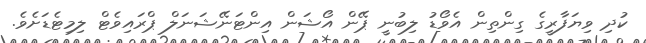
ކުދި ވިޔަފާރީގެ ގިންތިން އެވޯޑު ލިބުނީ ޕޭން އޯޝަން އިންޓަނޭޝަނަލް ޕްރައިވެޓް ލިމިޓެޑަށެވެ.